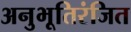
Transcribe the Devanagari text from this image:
अनुभूतिरंजित